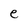
Character: e